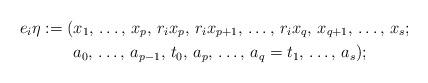
LaTeX: \begin{align*}e_i \eta := ( & x_1,\,\ldots,\,x_p,\,r_i x_p,\,r_i x_{p+1},\,\ldots,\, r_i x_q,\,x_{q+1},\,\ldots,\,x_s ; \\& a_0,\,\ldots,\,a_{p-1},\,t_0,\,a_p,\,\ldots,\,a_{q}=t_1,\,\ldots,\,a_s);\end{align*}